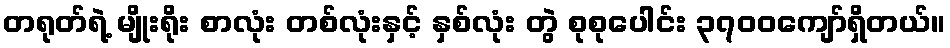
တရုတ်ရဲ့ မျိုးရိုး စာလုံး တစ်လုံးနှင့် နှစ်လုံး တွဲ စုစုပေါင်း ၃၇၀၀ကျော်ရှိတယ်။